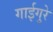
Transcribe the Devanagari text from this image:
गाईगुरे